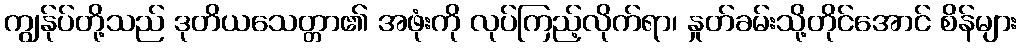
ကျွန်ုပ်တို့သည် ဒုတိယသေတ္တာ၏ အဖုံးကို လုပ်ကြည့်လိုက်ရာ၊ နှုတ်ခမ်းသို့တိုင်အောင် စိန်များ